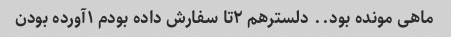
ماهی مونده بود.. دلسترهم ۲تا سفارش داده بودم ۱آورده بودن